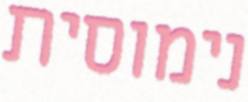
נימוסית